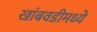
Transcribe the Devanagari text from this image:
खांबवडीमध्ये